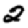
Digit: 2